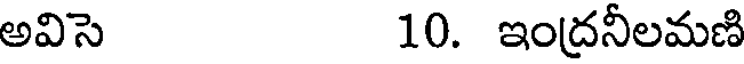
అవిసె 10. ఇంద్రనీలమణి